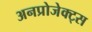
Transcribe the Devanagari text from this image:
अनप्रोजेक्ट्स